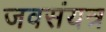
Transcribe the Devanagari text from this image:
जवसंयत्र